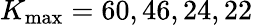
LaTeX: K_{\operatorname*{max}}=60,46,24,22